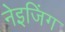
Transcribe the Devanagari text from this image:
नेइजिंग